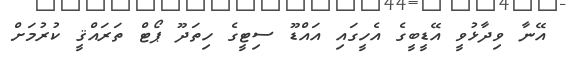
އޭނާ ވިދާޅުވީ އޭޑީބީގެ އެހީގައި އައްޑޫ ސިޓީގެ ހިތަދޫ ޕޯޓް ތަރައްޤީ ކުރުމަށް